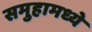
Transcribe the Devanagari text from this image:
समुहामध्ये